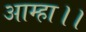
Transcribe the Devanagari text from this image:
आम्हा।।